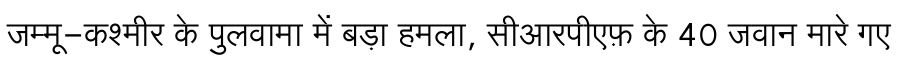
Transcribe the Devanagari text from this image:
जम्मू-कश्मीर के पुलवामा में बड़ा हमला, सीआरपीएफ़ के 40 जवान मारे गए